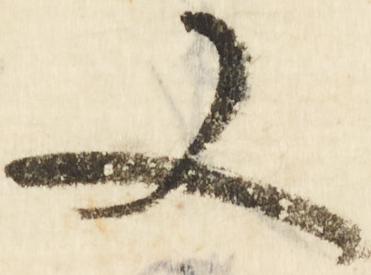
又